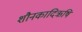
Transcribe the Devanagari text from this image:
शौनकादिऋषि